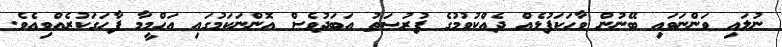
ނުލައި ވަންނަވައި ބޭނުން ވާހަކަފުޅެއް ދެއްކުވުމުގެ ފުރުޞަތު އަބަދުވެސް އޮންނަކަމުގައި އަހްމީމާ ފާހަގަކުރެއްވިއެވެ.